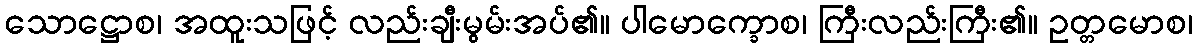
သောဋ္ဌောစ၊ အထူးသဖြင့် လည်းချီးမွမ်းအပ်၏။ ပါမောက္ခောစ၊ ကြီးလည်းကြီး၏။ ဥတ္တမောစ၊